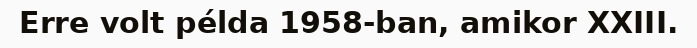
Erre volt példa 1958-ban, amikor XXIII.